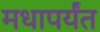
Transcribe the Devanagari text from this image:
मधापर्यंत